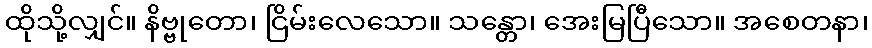
ထိုသို့လျှင်။ နိဗ္ဗုတော၊ ငြိမ်းလေသော။ သန္တော၊ အေးမြပြီသော။ အစေတနာ၊